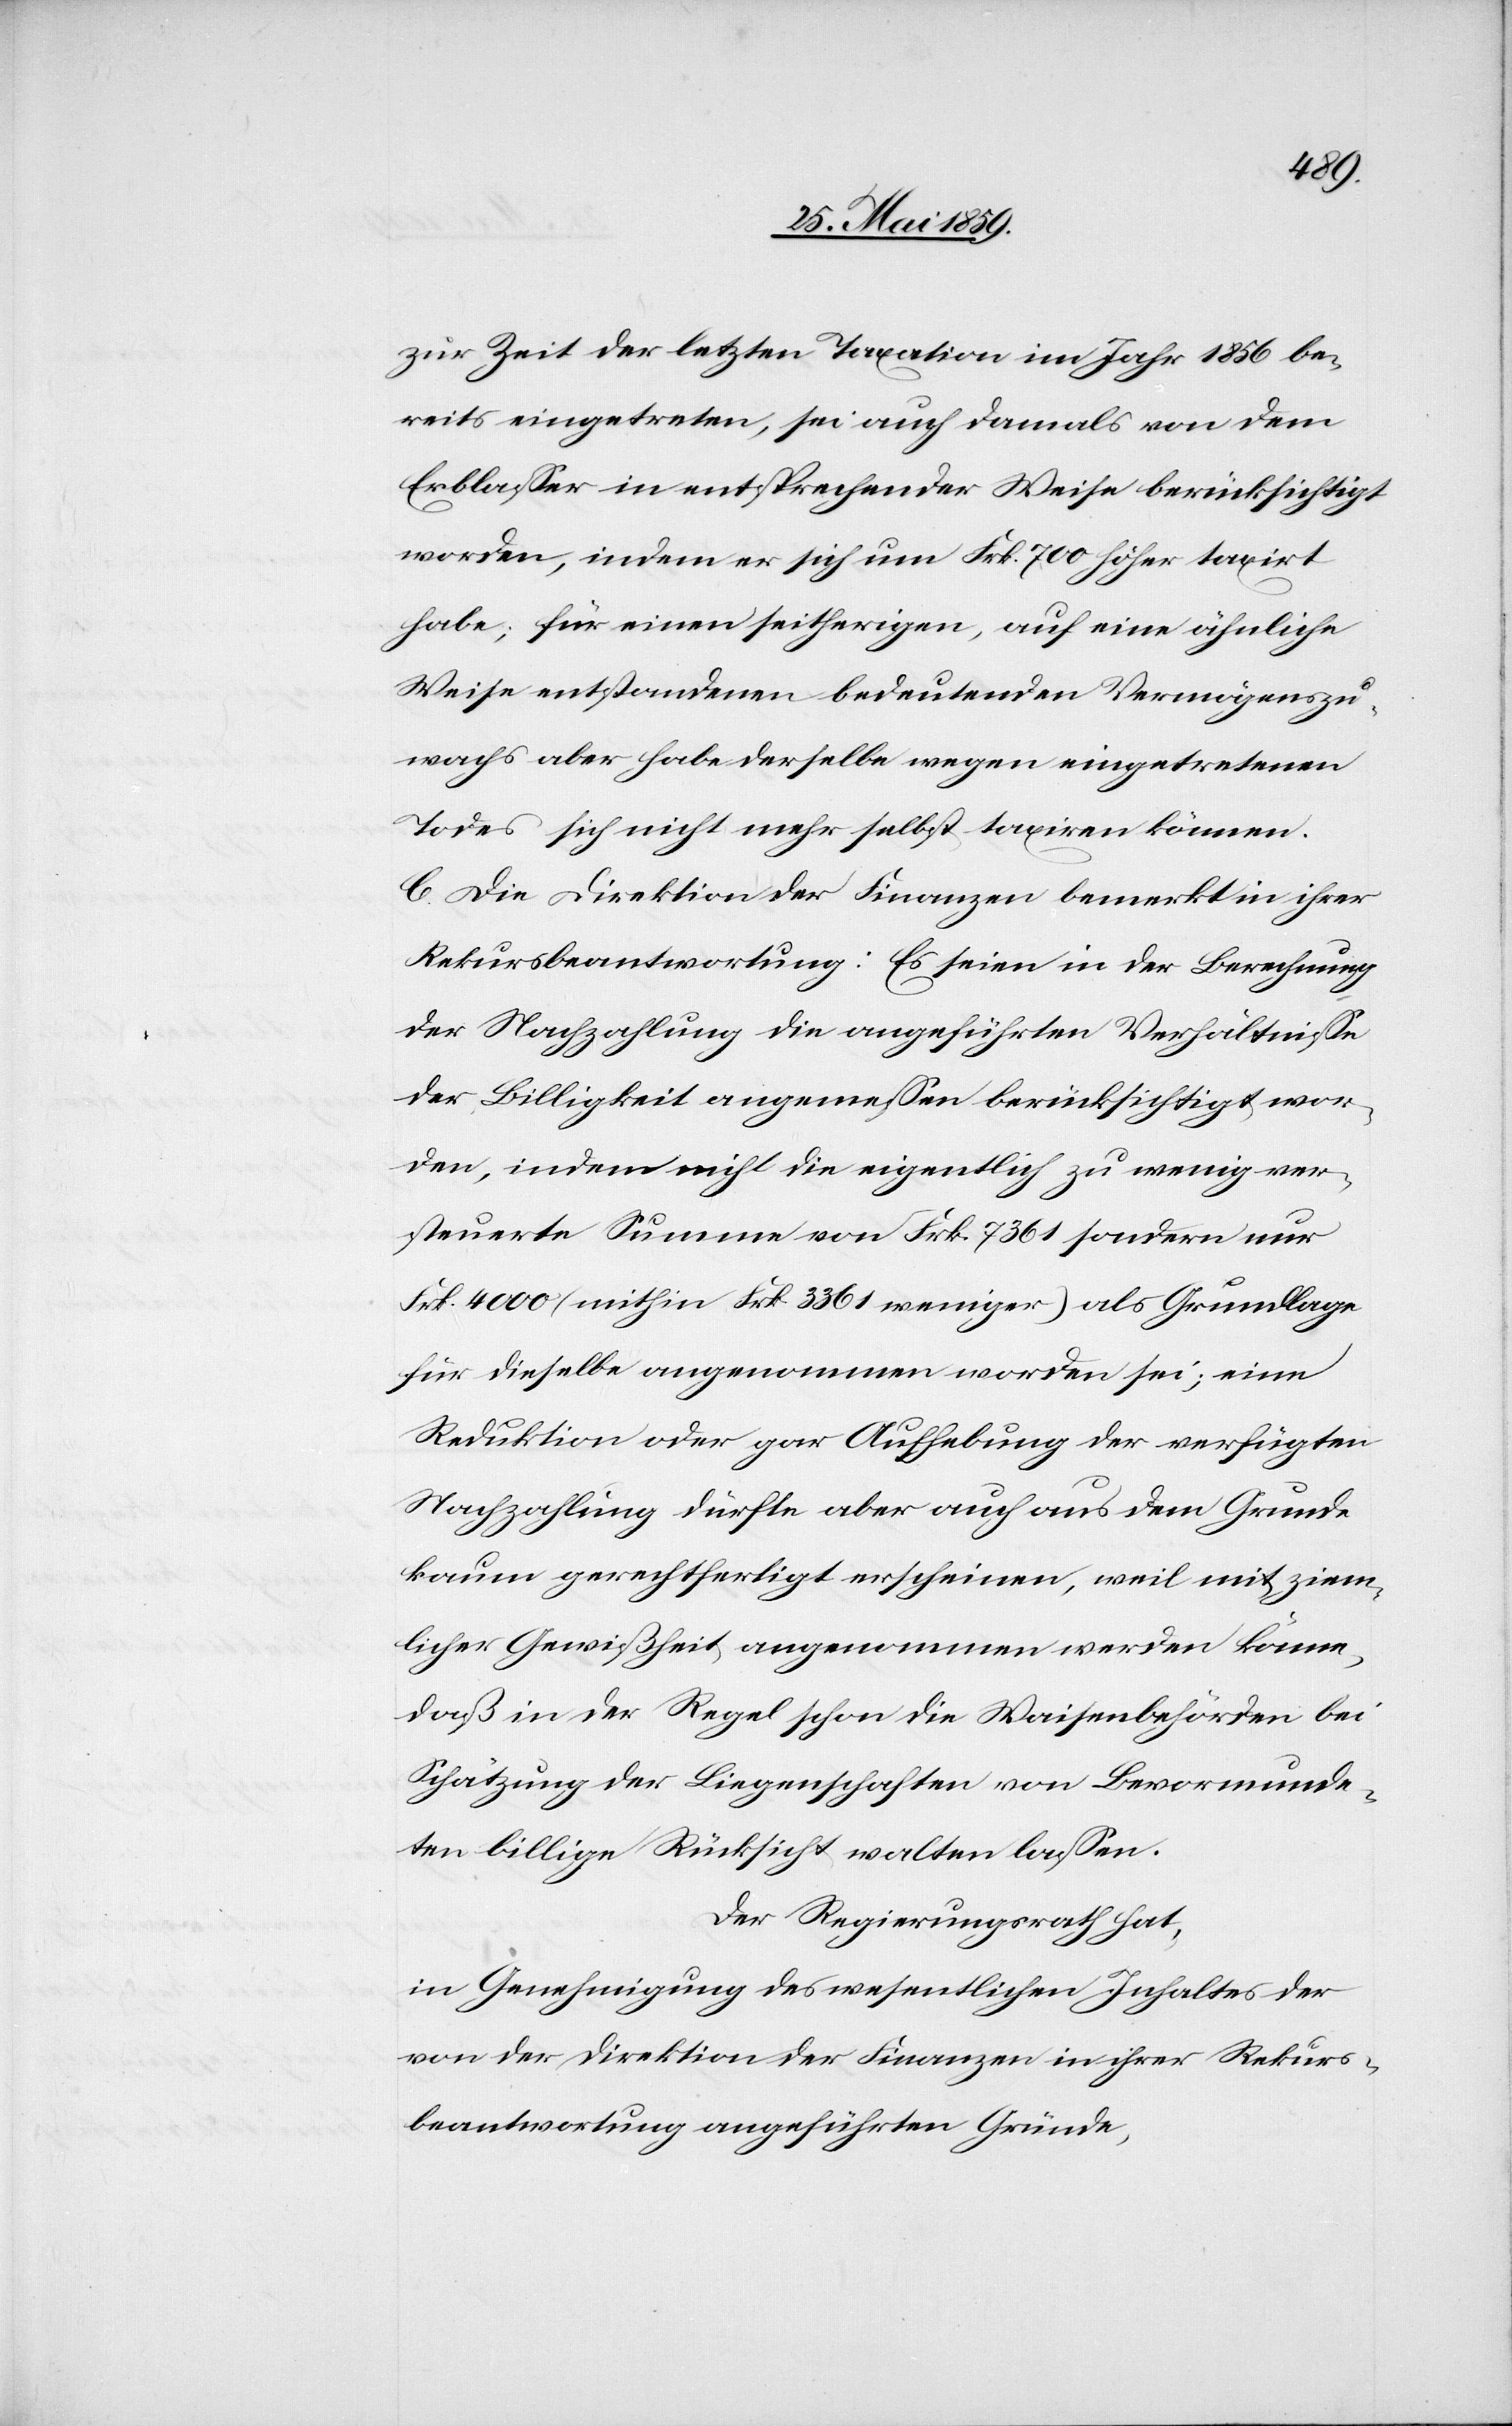
zur Zeit der letzten Taxation im Jahr 1856 be¬
reits eingetreten, sei auch damals von dem
Erblasser in entsprechender Weise berücksichtigt
worden, indem er sich um Frk. 700 höher taxirt
habe; für einen seitherigen, auf eine ähnliche
Weise entstandenen bedeutenden Vermögenszu¬
wachs aber habe derselbe wegen eingetretenen
Todes sich nicht mehr selbst taxiren können.
C. Die Direktion der Finanzen bemerkt in ihrer
Rekursbeantwortung: Es seien in der Berechnung
der Nachzahlung die angeführten Verhältnisse
der Billigkeit angemessen berücksichtigt wor¬
den, indem nicht die eigentlich zu wenig ver¬
steuerte Summe von Frk. 7361 sondern nur
Frk. 4000 (mithin Frk. 3361 weniger) als Grundlage
für dieselbe angenommen worden sei; eine
Reduktion oder gar Aufhebung der verfügten
Nachzahlung dürfte aber auch aus dem Grunde
kaum gerechtfertigt erscheinen, weil mit ziem¬
licher Gewißheit angenommen werden könne,
daß in der Regel schon die Waisenbehörden bei
Schätzung der Liegenschaften von Bevormunde¬
ten billige Rücksicht walten lassen.
Der Regierungsrath hat,
in Genehmigung des wesentlichen Inhaltes der
von der Direktion der Finanzen in ihrer Rekurs¬
beantwortung angeführten Gründe